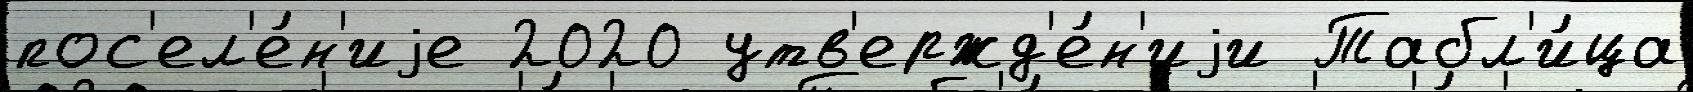
пос'ел'е́н'иjе 2020 утв'ержд'е́н'иjи Табл'и́ца